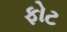
ફોટ